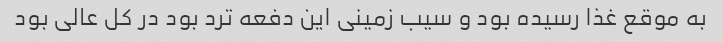
به موقع غذا رسیده بود و سیب زمینی این دفعه ترد بود در کل عالی بود